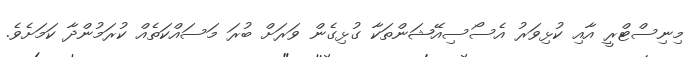
މިނިސްޓްރީ އާއި ކުޅިވަރު އެސޯސިއޭޝަންތަކާ ގުޅިގެން ވަރަށް ބުރަ މަސައްކަތެއް ކުރަމުންދާ ކަމަށެވެ.